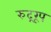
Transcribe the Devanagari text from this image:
रुद्ररूप